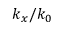
k _ { x } / k _ { 0 }